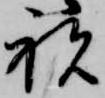
祝